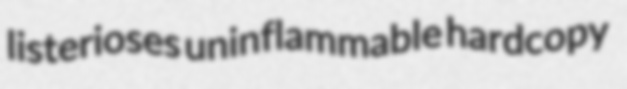
listerioses uninflammable hardcopy